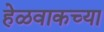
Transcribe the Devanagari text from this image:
हेळवाकच्या